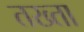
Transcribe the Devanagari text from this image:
तख्‍ता